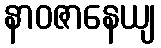
နာဝဇာနေယျ